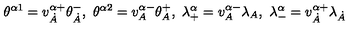
\theta ^ { \alpha 1 } = v _ { \dot { A } } ^ { \alpha + } \theta _ { \dot { A } } ^ { - } , \ \theta ^ { \alpha 2 } = v _ { A } ^ { \alpha - } \theta _ { A } ^ { + } , \ \lambda _ { + } ^ { \alpha } = v _ { A } ^ { \alpha - } \lambda _ { A } , \ \lambda _ { - } ^ { \alpha } = v _ { \dot { A } } ^ { \alpha + } \lambda _ { \dot { A } }